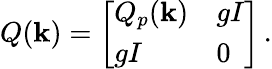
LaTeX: Q(\mathbf k)=\left[\begin{array}{ll}{Q_{p}(\mathbf k)}&{gI}\\ {gI}&{0}\end{array}\right]\, .